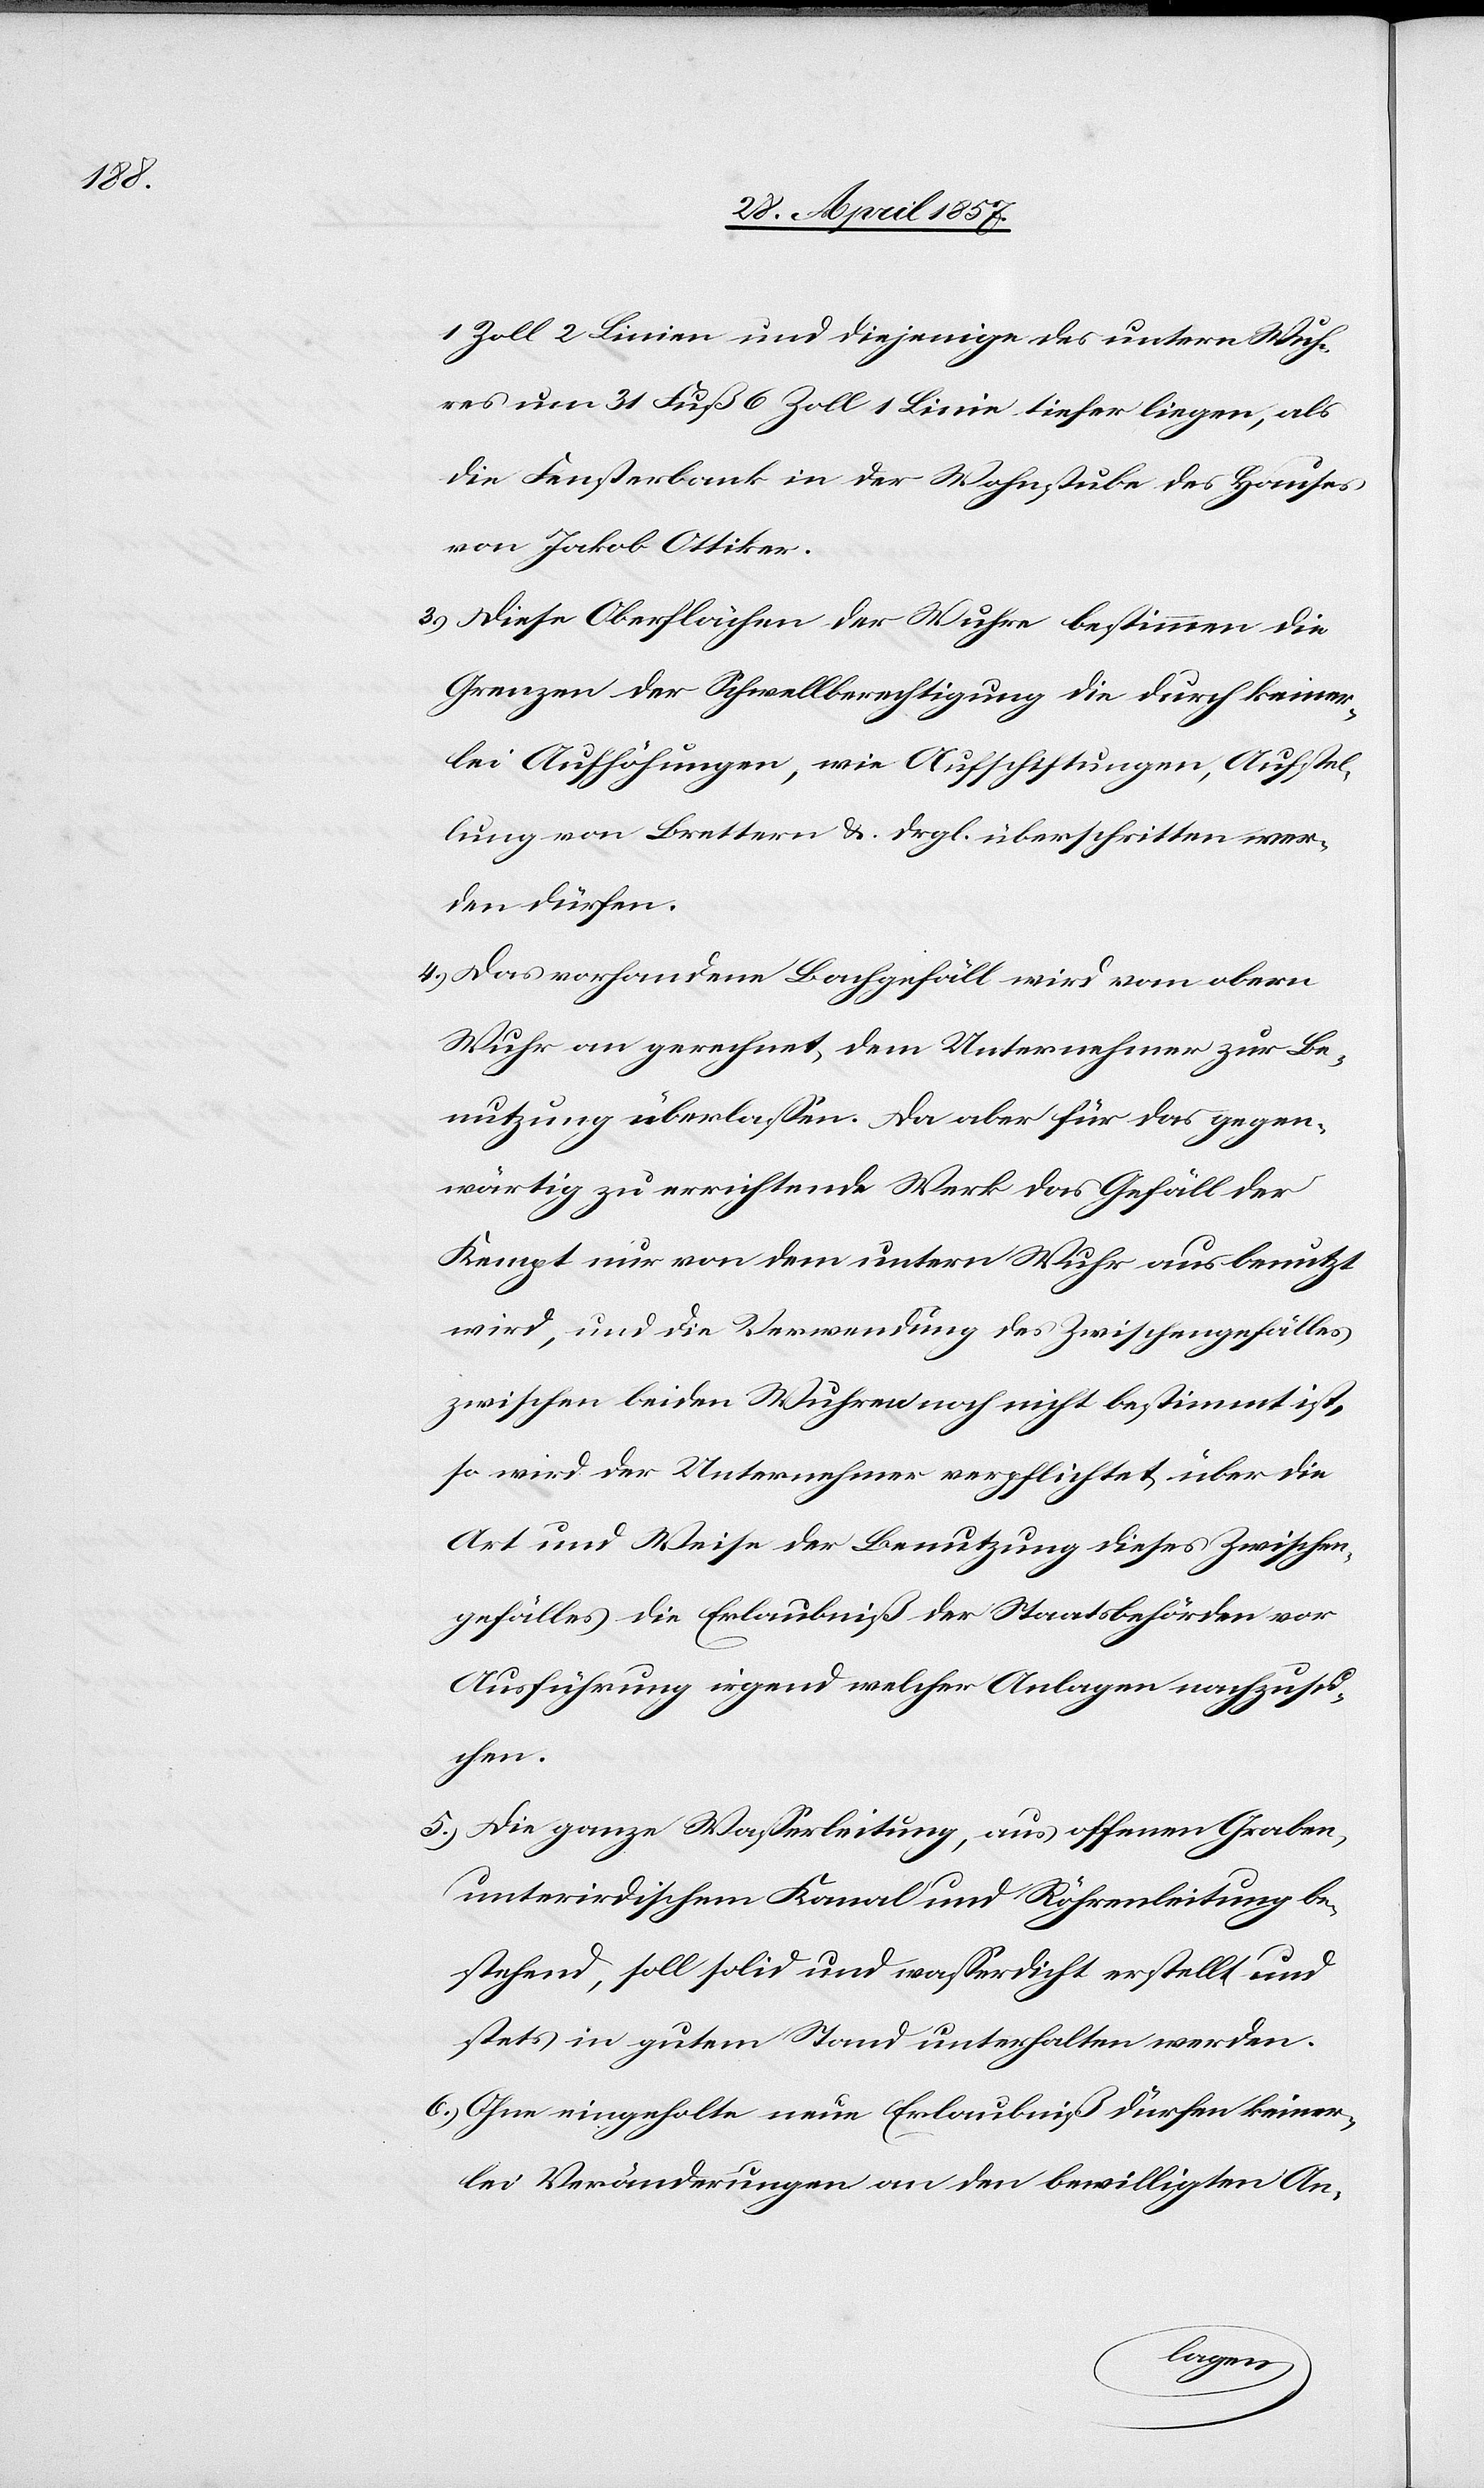
1 Zoll 2 Linien und diejenige des untern Wuh¬
res um 31 Fuß 6 Zoll 1 Linie tiefer liegen, als
die Fensterbank in der Wohnstube des Hauses
von Jakob Ottiker.
3.) Diese Oberflächen der Wuhre bestimmen die
Grenzen der Schwellberechtigung die durch keiner¬
lei Aufhöhungen, wie Aufschiftungen, Aufstel¬
lung von Brettern u. drgl. überschritten wer¬
den dürfen.
4.) Das vorhandene Bachgefäll wird vom obern
Wuhr an gerechnet, dem Unternehmer zur Be¬
nutzung überlaßen. Da aber für das gegen¬
wärtig zu errichtende Werk das Gefäll der
Kempt nur von dem untern Wuhr aus benutzt
wird, und die Verwendung des Zwischengefälles
zwischen beiden Wuhren noch nicht bestimmt ist,
so wird der Unternehmer verpflichtet über die
Art und Weise der Benutzung dieses Zwischen¬
gefälles die Erlaubniß der Staatsbehörden vor
Ausführung irgend welcher Anlagen nachzusu¬
chen.
5.) Die ganze Waßerleitung, aus offenem Graben
unterirdischem Kanal und Röhrenleitung be¬
stehend, soll solid und waßerdicht erstellt und
stets in gutem Stand unterhalten werden.
6.) Ohne eingeholte neue Erlaubniß dürfen keiner¬
lei Veränderungen an den bewilligten An-